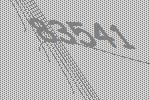
83541